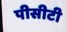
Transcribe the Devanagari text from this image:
पीसीटी